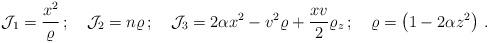
LaTeX: \begin{align*}{\cal{J}}_{1}=\frac{x^2}{\varrho} \,; \quad {\cal{J}}_{2}=n\varrho \,; \quad {\cal{J}}_{3} = 2 \alpha x^2 - v^2 \varrho + \frac{x v}{2} \varrho_z \,; \quad \varrho = \left( 1-2\alpha z^2 \right) \,.\end{align*}